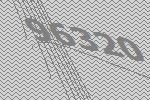
96320